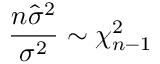
{ \frac { n { \widehat { \sigma } } ^ { 2 } } { \sigma ^ { 2 } } } \sim \chi _ { n - 1 } ^ { 2 }